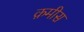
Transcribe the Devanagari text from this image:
क़मीस